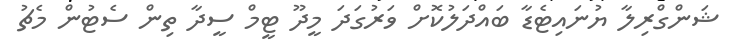
ޝަންގްރިލާ ޔުނައިޓެޑާ ބައްދަލުކޮށް ވަރުގަދަ މީދޫ ޓީމް ސީދާ ތިން ސެޓުން މެޗު